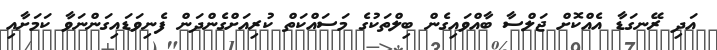
އަދި ރޭނގަޑާ އެއްކޮށް ޖަލްސާ ބާއްވައިގެން ބިލްތަކުގެ މަސައްކަތް ކުރިއަށްގެންދަން ފެނިވަޑައިގަންނަވާ ކަމަށާއި